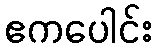
ဧကပေါင်း